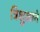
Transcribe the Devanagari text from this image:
त्रिशुळाने